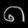
Digit: ၈